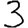
Digit: 3